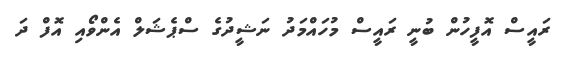
ރައީސް އޮފީހުން ބުނީ ރައީސް މުހައްމަދު ނަޝީދުގެ ސްޕެޝަލް އެންވޯއި އޮފް ދަ